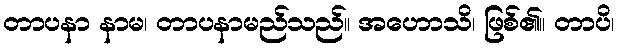
တာပနာ နာမ၊ တာပနာမည်သည်။ အဟောသိ၊ ဖြစ်၏။ တာပိ၊